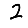
Digit: 2